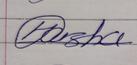
Signature authenticity: genuine